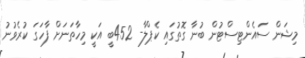
މިޝަން ސައެންޓިސްޓުން ބުނާ ގޮތުގައި ކެޕްލާ- 452ބީ އަކީ މިހާތަނަށް ފާހަގަ ކުރެވުނު